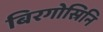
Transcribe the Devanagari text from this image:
बिरगोस्रिनि